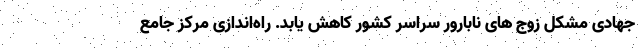
جهادی مشکل زوج های نابارور سراسر کشور کاهش یابد. راه‌اندازی مرکز جامع